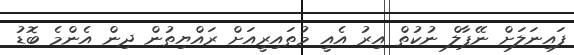
ފައިނަލަށް ނޭޕާލް ނުކުތް އިރު އެއީ މުތައިރީއަށް ރައްޔިތުން ދިން އެންމެ ބޮޑު